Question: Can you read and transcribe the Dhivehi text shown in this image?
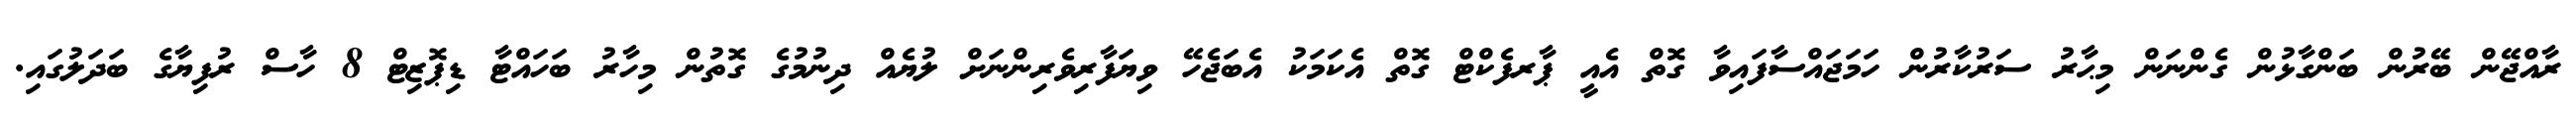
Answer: ރާއްޖޭން ބޭރުން ބަންގާޅުން ގެންނަން މިޙާރު ސަރުކާރުން ހަމަޖައްސާފައިވާ ގޮތް އެއީ ޕާރފެކްޓް ގޮތް އެކަމަކު އެބަޖެހޭ ވިޔަފާރިވެރިންނަށް ލުޔެއް ދިނުމުގެ ގޮތުން މިހާރު ބަހައްޓާ ޑިޕޮޒިޓް 8 ހާސް ރުފިޔާގެ ބަދަލުގައި.